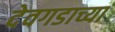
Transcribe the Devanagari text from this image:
देवगडाच्या